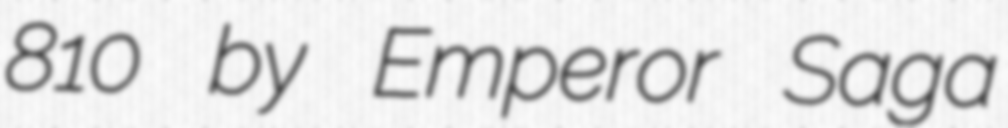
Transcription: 810 by Emperor Saga